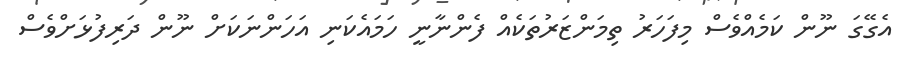
އެގޭގަ ނޫން ކަމެއްވެސް މިފަހަރު ތިމަންޒަރުތަކެއް ފެންނާނީ ހަމައެކަނި އަހަންނަކަށް ނޫން ދަރިފުޅަށްވެސް